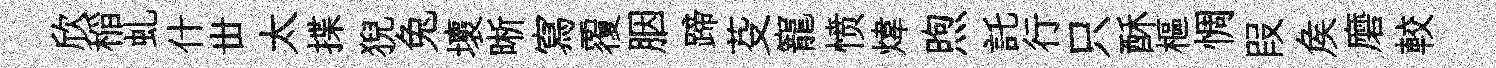
欣稲虬什丗太揲猊兔壞晰寫覆胭蹄芟寵愤煒煦託行只酥樞惆叚矦磨較